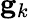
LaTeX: \mathbf{g}_{k}